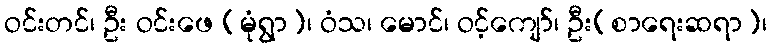
ဝင်းတင်၊ ဦး ဝင်းဖေ (မုံရွာ)၊ ဝံသ၊ မောင်၊ ဝင့်ကျော်၊ ဦး(စာရေးဆရာ)၊